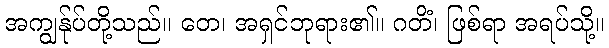
အကျွန်ုပ်တို့သည်။ တေ၊ အရှင်ဘုရား၏။ ဂတိံ၊ ဖြစ်ရာ အရပ်သို့။